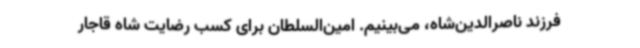
فرزند ناصرالدین‌شاه، می‌بینیم. امین‌السلطان برای کسب رضایت شاه قاجار